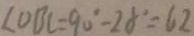
\angle O B C = 9 0 ^ { \circ } - 2 8 ^ { \circ } = 6 2